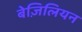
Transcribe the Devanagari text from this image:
बेज़िलियन